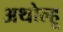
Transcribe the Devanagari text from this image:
अथोल्हू